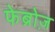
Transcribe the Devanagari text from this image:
फेब्रोज़